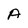
Character: A